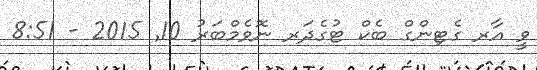
ވީ އާރ ގެޓިންގް ބެކް ޓުގެދަރ ނޮވެމްބަރު 10